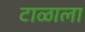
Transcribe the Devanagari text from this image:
टाळाला